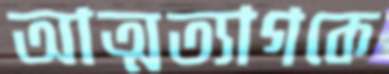
আত্মত্যাগকে